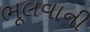
ભૂલવાની